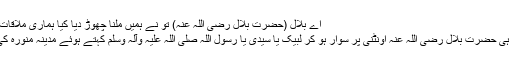
اے بلال (حضرت بلال رضی اللہ عنہ) تو نے ہمیں ملنا چھوڑ دیا کیا ہماری ملاقات کو تیرا جی نہیں چاہتا
خواب سے بیدار ہوتے ہی حضرت بلال رضی اللہ عنہ اونٹنی پر سوار ہو کر لبیک یا سیدی یا رسول اللہ صلی اللہ علیہ وآلہ وسلم کہتے ہوئے مدینہ منورہ کی طرف روانہ ہو گئے۔